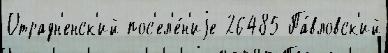
Отрадн'енск'ий пос'ел'е́н'иjе 26485 Па́вловск'ий